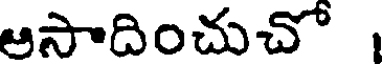
ఆసాదించుచో